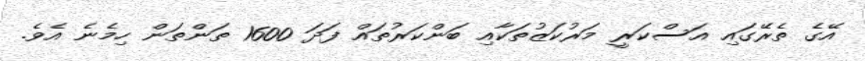
އޭގެ ތެރޭގައި އަސްކަރީ މަރުކަޒުތަކާއި ބަންކަރުތައް ފަދަ 1600 ތަންތަން ހިމެނެ އެވެ.